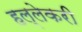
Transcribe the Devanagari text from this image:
हल्लेकरी